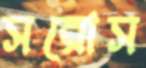
সরোস